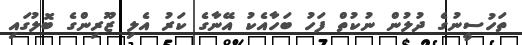
ތަހުސީނުގެ ދުލުން ނުކުތް ފަހު ބަހާއެކު އޭނާގެ ކަރު އެލި ޒޫރިންގެ ބޮލުގައި